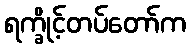
ရက္ခိုင့်တပ်တော်က